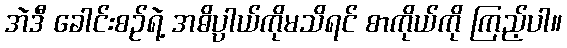
အဲဒီ ခေါင်းစဉ်ရဲ့ အဓိပ္ပာယ်ကိုမသိရင် စာကိုယ်ကို ကြည့်ပါ။